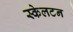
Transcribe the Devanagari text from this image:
स्केलटन